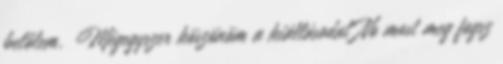
belőlem. Mégegyszer köszönöm a kiállásodat No most meg fogsz